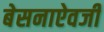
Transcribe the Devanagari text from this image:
बेसनाऐवजी